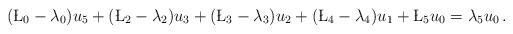
LaTeX: \begin{align*} (\L_0-\lambda_0) u_5 + (\L_2-\lambda_2) u_3 + (\L_3 -\lambda_3) u_2+ ( \L_4-\lambda_4) u_1 + \L_5 u_0 = \lambda_5 u_0\,.\end{align*}